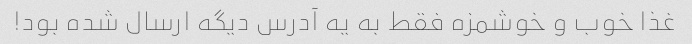
غذا خوب و خوشمزه فقط به یه آدرس دیگه ارسال شده بود!